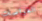
الغواصات